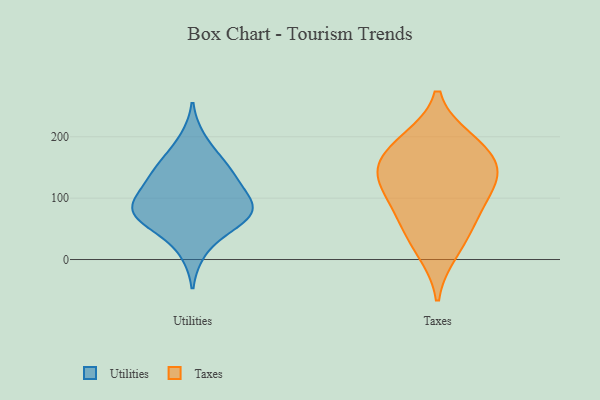
{"axis": {"x": "Temperature (°C)", "y": "Value"}, "legend": ["Taxes", "Utilities"], "data": [{"x": "", "y": 95, "type": "Utilities"}, {"x": "", "y": 78, "type": "Utilities"}, {"x": "", "y": 59, "type": "Utilities"}, {"x": "", "y": 196, "type": "Utilities"}, {"x": "", "y": 141, "type": "Utilities"}, {"x": "", "y": 94, "type": "Utilities"}, {"x": "", "y": 56, "type": "Utilities"}, {"x": "", "y": 129, "type": "Utilities"}, {"x": "", "y": 91, "type": "Utilities"}, {"x": "", "y": 70, "type": "Utilities"}, {"x": "", "y": 12, "type": "Utilities"}, {"x": "", "y": 67, "type": "Utilities"}, {"x": "", "y": 158, "type": "Utilities"}, {"x": "", "y": 113, "type": "Utilities"}, {"x": "", "y": 153, "type": "Utilities"}, {"x": "", "y": 161, "type": "Taxes"}, {"x": "", "y": 139, "type": "Taxes"}, {"x": "", "y": 99, "type": "Taxes"}, {"x": "", "y": 49, "type": "Taxes"}, {"x": "", "y": 144, "type": "Taxes"}, {"x": "", "y": 189, "type": "Taxes"}, {"x": "", "y": 194, "type": "Taxes"}, {"x": "", "y": 13, "type": "Taxes"}, {"x": "", "y": 126, "type": "Taxes"}, {"x": "", "y": 74, "type": "Taxes"}]}